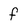
Character: f